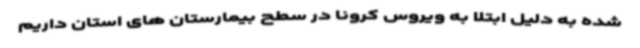
شده به دلیل ابتلا به ویروس کرونا در سطح بیمارستان های استان داریم